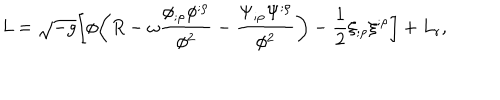
LaTeX: { \it L } = \sqrt { - g } \biggl [ \phi \biggl ( R - \omega \frac { \phi _ { ; \rho } \phi ^ { ; \rho } } { \phi ^ { 2 } } - \frac { \Psi _ { ; \rho } \Psi ^ { ; \rho } } { \phi ^ { 2 } } \biggr ) - \frac { 1 } { 2 } \xi _ { ; \rho } \xi ^ { ; \rho } \biggr ] + L _ { \mathrm { r } } ,